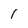
Character: l